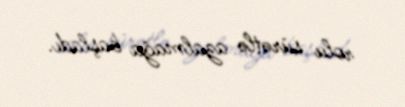
rolu sürətlə azalmağa başladı.